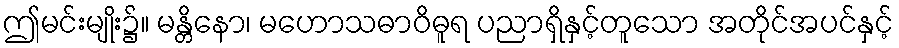
ဤမင်းမျိုး၌။ မန္တိနော၊ မဟောသဓာဝိဓူရ ပညာရှိနှင့်တူသော အတိုင်အပင်နှင့်